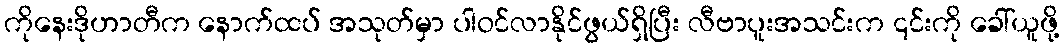
ကိုနေးဒိုဟာတီက နောက်ထပ် အသုတ်မှာ ပါဝင်လာနိုင်ဖွယ်ရှိပြီး လီဗာပူးအသင်းက ၎င်းကို ခေါ်ယူဖို့